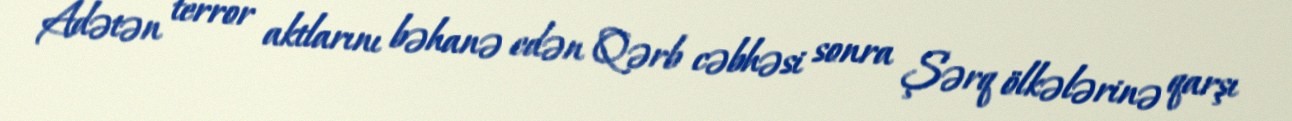
Adətən terror aktlarını bəhanə edən Qərb cəbhəsi sonra Şərq ölkələrinə qarşı